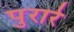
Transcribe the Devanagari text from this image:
पुरारे